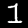
Label: 1